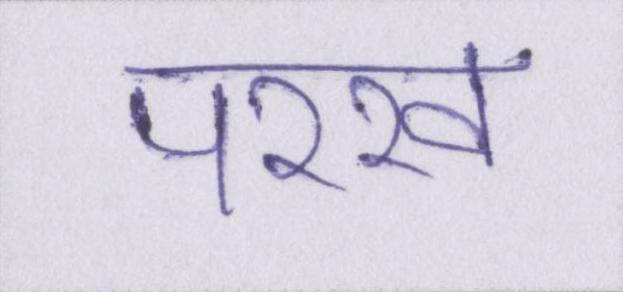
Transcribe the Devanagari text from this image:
परख